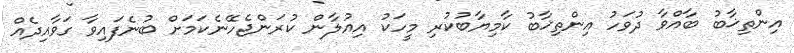
އިންތިޚާބު ބާއްވާ ދުވަހު އިންތިޚާބު ކާމިޔާބުކުރި މީހަކު އިއުލާން ކުރަންޖެހޭނެކަމަށް ބުނެފައިވާ ގަވާއިދެއް